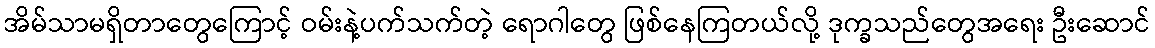
အိမ်သာမရှိတာတွေကြောင့် ဝမ်းနဲ့ပက်သက်တဲ့ ရောဂါတွေ ဖြစ်နေကြတယ်လို့ ဒုက္ခသည်တွေအရေး ဦးဆောင်